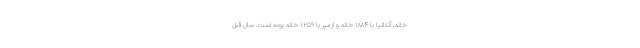
خانه، آنتالیا با ۱۸۸۴ خانه و ازمیر با ۱۲۵۹ خانه بوده است. سال قبل